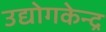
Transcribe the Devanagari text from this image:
उद्योगकेन्द्र